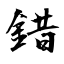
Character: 錯